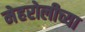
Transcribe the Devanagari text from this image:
मेहरोलीच्या